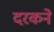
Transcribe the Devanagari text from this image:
दरकने